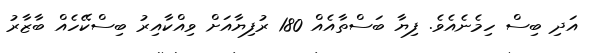
އަދި ބިސް ހިމެނެއެވެ. ފިޔާ ބަސްތާއެއް 180 ރުފިޔާއަށް ވިއްކާއިރު ބިސްކޭހެއް ބާޒާރު